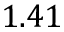
1 . 4 1